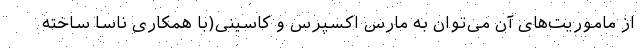
از ماموریت‌های آن می‌توان به مارس اکسپرس و کاسینی(با همکاری ناسا ساخته